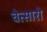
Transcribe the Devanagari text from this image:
चेत्सारो